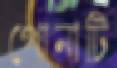
পোনাটি